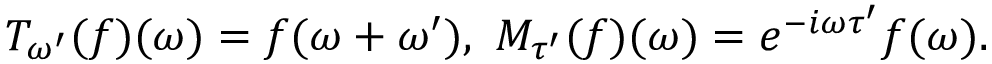
T _ { \omega ^ { \prime } } ( f ) ( \omega ) = f ( \omega + \omega ^ { \prime } ) , \ M _ { \tau ^ { \prime } } ( f ) ( \omega ) = e ^ { - i \omega \tau ^ { \prime } } f ( \omega ) .